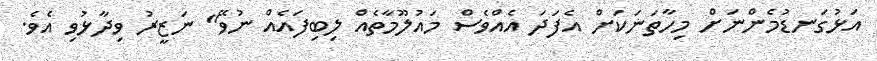
އަޅުގަނޑުމެންނަށް މިހާތަނަކަށް އެފަދަ އެއްވެސް މައުލޫމާތެއް ލިބިފައެއް ނުވޭ" ނަޒީރު ވިދާޅުވި އެވެ.